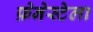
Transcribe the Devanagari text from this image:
फ़ेनेस्टेला